Civil Veterinary Dept. Bombay admin report 1914-1922 - 1914-1922
Year: 1914
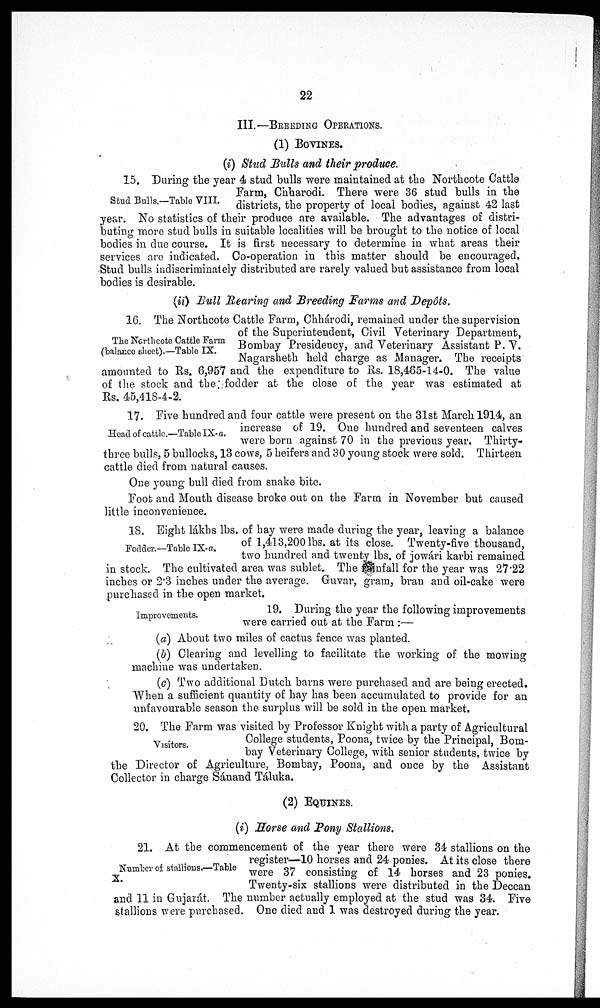
22
III.—BREEDING OPERATIONS
(1) BOVINES.
(i) Stud Bulls and their produce.
Stud Bulls.—Table VIII.
15. During the year 4 stud bulls were maintained at the Northcote Cattle
Farm, Chharodi. There were 36 stud bulls in the
districts, the property of local bodies, against 42 last
year. No statistics of their produce are available. The advantages of distri-
buting more stud bulls in suitable localities will be brought to the notice of local
bodies in due course. It is first necessary to determine in what areas their
services are indicated. Co-operation in this matter should be encouraged.
Stud bulls indiscriminately distributed are rarely valued but assistance from local
bodies is desirable.
(ii) Bull Rearing and Breeding Farms and Depôts.
The Northcote Cattle Farm
(balance sheet).—Table IX.
16. The Northcote Cattle Farm, Chhárodi, remained under the supervision
of the Superintendent, Civil Veterinary Department,
Bombay Presidency, and Veterinary Assistant P. V.
Nagarsheth held charge as Manager. The receipts
amounted to Rs. 6,957 and the expenditure to Rs. 18,465-14-0. The value
of the stock and the fodder at the close of the year was estimated at
Rs. 45,418-4-2.
Head of cattle.—Table IX- a.
17. Five hundred and four cattle were present on the 31st March 1914, an
increase of 19. One hundred and seventeen calves
were born against 70 in the previous year. Thirty-
three bulls, 5 bullocks, 13 cows, 5 heifers and 30 young stock were sold. Thirteen
cattle died from natural causes.
One young bull died from snake bite.
Foot and Mouth disease broke out on the Farm in November but caused
little inconvenience.
Fodder.—Table IX-a.
18. Eight lákhs lbs, of hay were made during the year, leaving a balance
of 1,413,200 lbs. at its close. Twenty-five thousand,
two hundred and twenty lbs. of jowári karbi remained
in stock. The cultivated area was sublet. The rainfall for the year was 27.22
inches or 2.3 inches under the average. Guvar, gram, bran and oil-cake were
purchased in the open market.
Improvements.
19. During the year the following improvements
were carried out at the Farm :—
(a) About two miles of cactus fence was planted.
(b) Clearing and levelling to facilitate the working of the mowing
machine was undertaken.
(c) Two additional Dutch barns were purchased and are being erected.
When a sufficient quantity of hay has been accumulated to provide for an
unfavourable season the surplus will be sold in the open market.
Visitors.
20. The Farm was visited by Professor Knight with a party of Agricultural
College students, Poona, twice by the Principal, Bom-
bay Veterinary College, with senior students, twice by
the Director of Agriculture, Bombay, Poona, and once by the Assistant
Collector in charge Sánand Táluka.
(2) EQUINES.
(i) Horse and Pony Stallions.
Number of stallions.—Table
X.
21. At the commencement of the year there were 34 stallions on the
register—10 horses and 24 ponies. At its close there
were 37 consisting of 14 horses and 23 ponies.
Twenty-six stallions were distributed in the Deccan
and 11 in Gujarát. The number actually employed at the stud was 34. Five
stallions were purchased. One died and 1 was destroyed during the year.